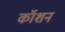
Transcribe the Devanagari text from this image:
कॉशन